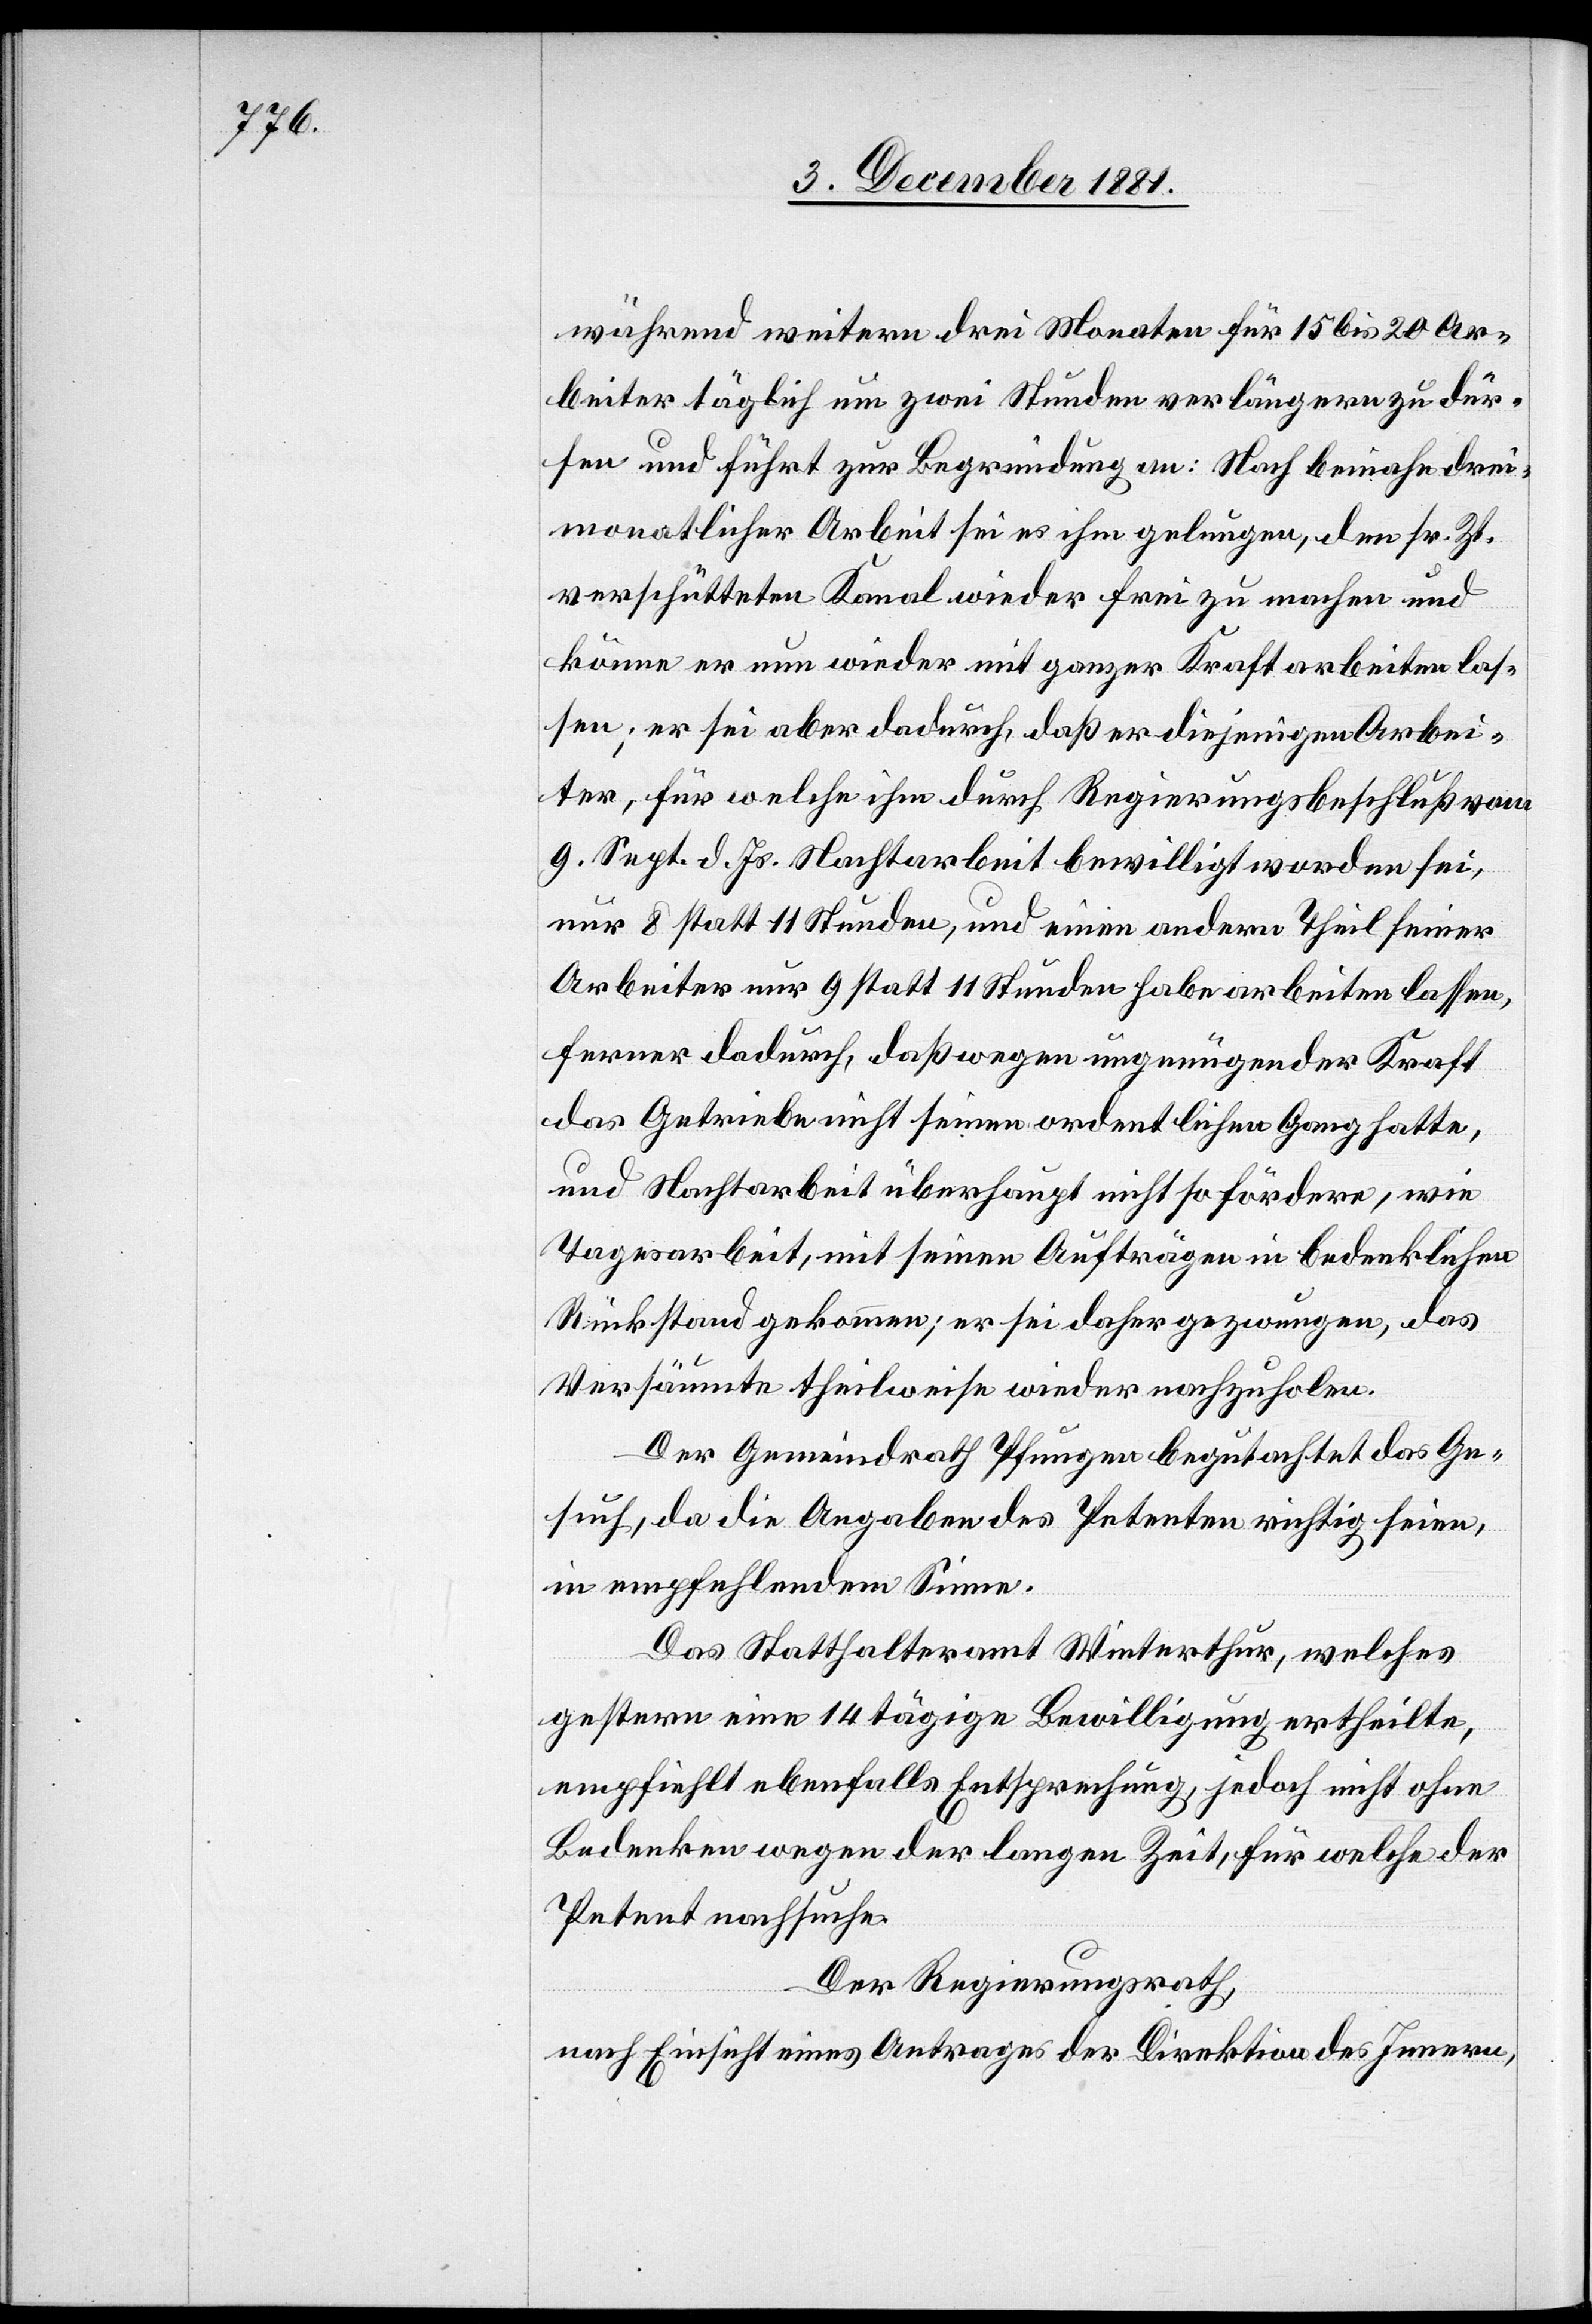
während weitern drei Monaten für 15 bis 20 Ar¬
beiter täglich um zwei Stunden verlängern zu dür¬
fen und führt zur Begründung an: Nach beinahe drei
monatlicher Arbeit sei es ihm gelungen, den sr. Zt.
verschütteten Kanal wieder frei zu machen und
könne er nun wieder mit ganzer Kraft arbeiten las¬
sen; er sei aber dadurch, daß er diejenigen Arbei¬
ter, für welchee ihm durch Regierungsbeschluß vom
9. Sept. d. Js. Nachtarbeit bewilligt worden sei,
nur 8 statt 11 Stunden, und einen andern Theil seiner
Arbeiter nur 9 statt 11 Stunden habe arbeiten lassen,
ferner dadurch, daß wegen ungenügender Kraft
das Getriebe nicht seinen ordentlichen Gang hatte,
und Nachtarbeit überhaupt nicht so fördere, wie
Tagesarbeit, mit seinen Aufträgen in bedenklichen
Rückstand gekommen; er sei daher gezwungen, das
Versäumte theilweise wieder nachzuholen.
Der Gemeindrath Pfungen begutachtet das Ge¬
such, da die Angaben des Petenten richtig seien,
in empfehlendem Sinne.
Das Statthalteramt Winterthur, welches
gestern eine 14 tägige Bewilligung ertheilte,
empfiehlt ebenfalls Entsprechung, jedoch nicht ohne
Bedenken wegen der langen Zeit, für welche der
Petent nachsuche.
Der Regierungsrath,
nach Einsicht eines Antrages der Direktion des Innern,